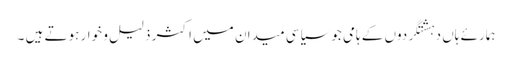
ہمارئے ہاں دہشتگردوں کے ہامی جوسیاسی میدان میں اکثر ذلیل و خوار ہوتے ہیں ۔